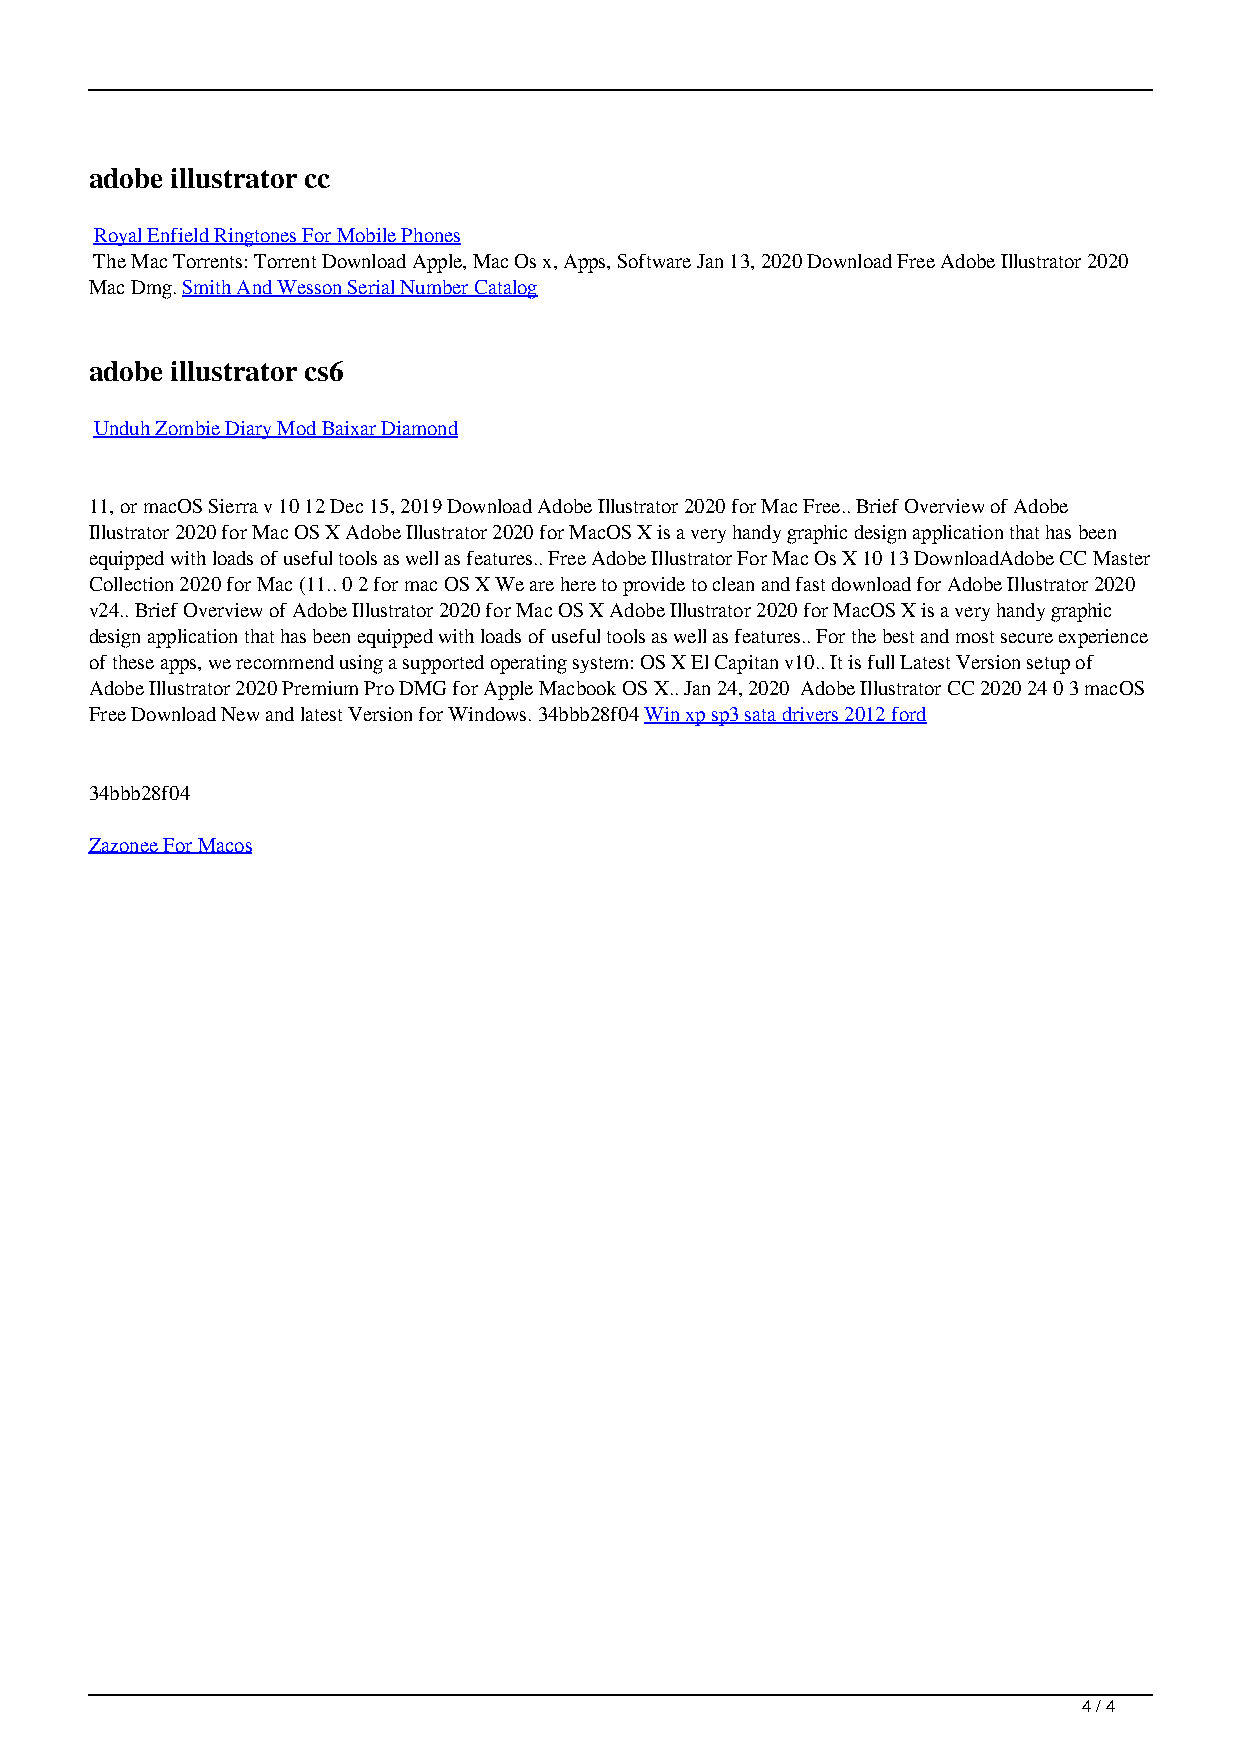
adobe illustrator cc
 Royal Enfield Ringtones For Mobile Phones
 The Mac Torrents: Torrent Download Apple, Mac Os x, Apps, Software Jan 13, 2020 Download Free Adobe Illustrator 2020
 Mac Dmg. Smith And Wesson Serial Number Catalog
 adobe illustrator cs6
 Unduh Zombie Diary Mod Baixar Diamond
 11, or macOS Sierra v 10 12 Dec 15, 2019 Download Adobe Illustrator 2020 for Mac Free.. Brief Overview of Adobe
 Illustrator 2020 for Mac OS X Adobe Illustrator 2020 for MacOS X is a very handy graphic design application that has been
 equipped with loads of useful tools as well as features.. Free Adobe Illustrator For Mac Os X 10 13 DownloadAdobe CC Master
 Collection 2020 for Mac (11.. 0 2 for mac OS X We are here to provide to clean and fast download for Adobe Illustrator 2020
 v24.. Brief Overview of Adobe Illustrator 2020 for Mac OS X Adobe Illustrator 2020 for MacOS X is a very handy graphic
 design application that has been equipped with loads of useful tools as well as features.. For the best and most secure experience
 of these apps, we recommend using a supported operating system: OS X El Capitan v10.. It is full Latest Version setup of
 Adobe Illustrator 2020 Premium Pro DMG for Apple Macbook OS X.. Jan 24, 2020 Adobe Illustrator CC 2020 24 0 3 macOS
 Free Download New and latest Version for Windows. 34bbb28f04 Win xp sp3 sata drivers 2012 ford
 34bbb28f04
 Zazonee For Macos
 4 / 4
 Free Adobe Illustrator For Mac Os X